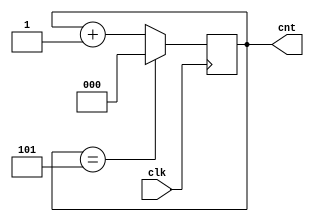
`timescale 1ns / 1ps
module counter(clk,cnt);
    input clk;
    output reg [2:0] cnt = 0;
    always@(posedge clk) begin
        if(cnt == 3'b101)
            cnt <= 3'b000;
        else 
            cnt <= cnt + 1'b1;
    end
endmodule